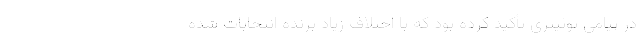
در پیامی توئیتری تأکید کرده بود که با اختلاف زیاد برنده انتخابات شده